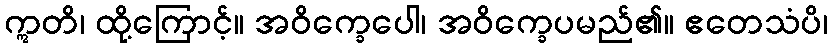
ဣတိ၊ ထို့ကြောင့်။ အဝိက္ခေပေါ၊ အဝိက္ခေပမည်၏။ ဧတေသံပိ၊